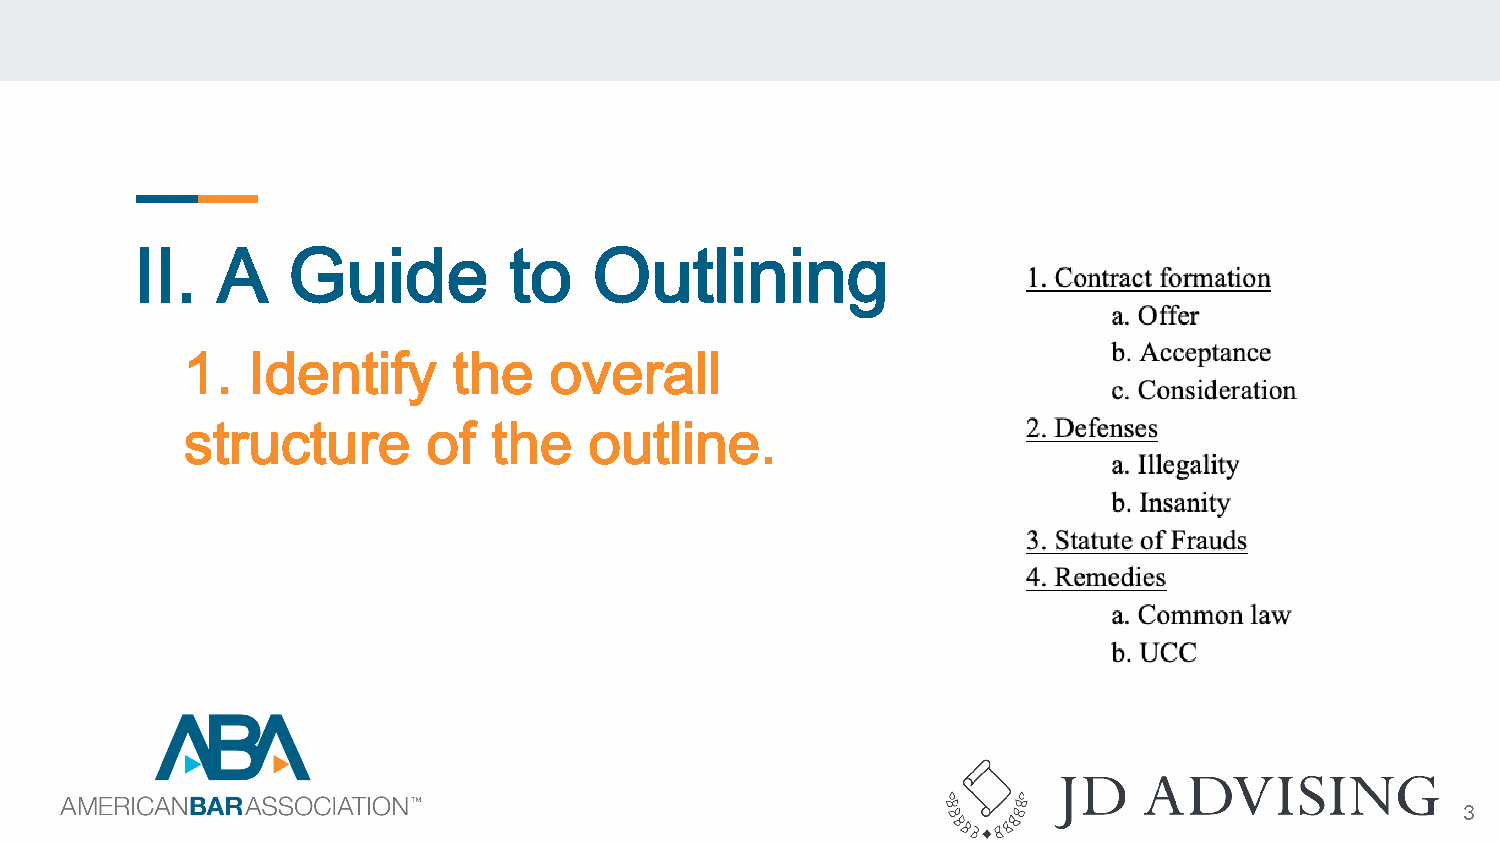
II.  A    Guide          to   Outlining
 1.  Identify      the   overall
 structure       of   the   outline.
 3